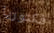
فكتوريا